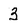
Character: 3